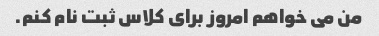
من می خواهم امروز برای کلاس ثبت نام کنم.